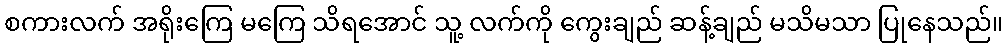
စကားလက် အရိုးကြေ မကြေ သိရအောင် သူ့ လက်ကို ကွေးချည် ဆန့်ချည် မသိမသာ ပြုနေသည်။